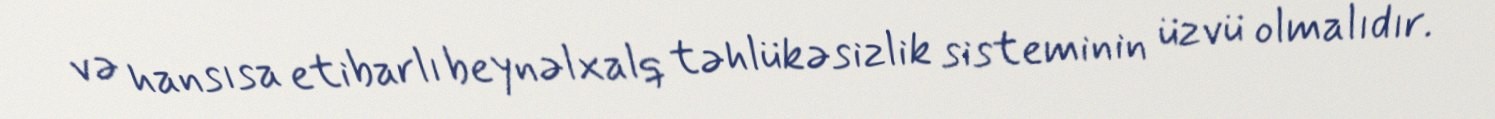
və hansısa etibarlı beynəlxalq təhlükəsizlik sisteminin üzvü olmalıdır.